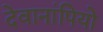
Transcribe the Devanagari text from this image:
देवानांपियो